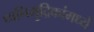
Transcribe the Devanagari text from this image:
ध्वनिमुद्रिकांमध्ये